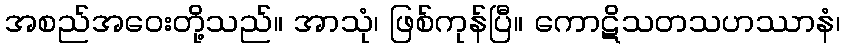
အစည်အဝေးတို့သည်။ အာသုံ၊ ဖြစ်ကုန်ပြီ။ ကောဋိသတသဟဿာနံ၊